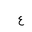
Letter: _ayn